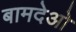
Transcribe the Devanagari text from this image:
बामदेओ